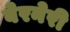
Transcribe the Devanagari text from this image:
बेरनेरी